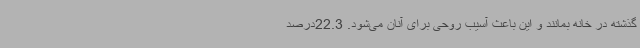
گذشته در خانه بمانند و این باعث آسیب روحی برای آنان می‌شود. 22.3درصد